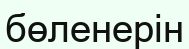
бөленерін